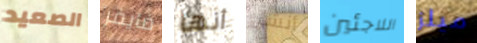
الصعيد فايفر أنها أنشئ اللاجئين ميلز